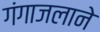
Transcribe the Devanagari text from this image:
गंगाजलाने